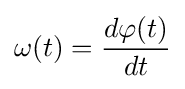
\omega (t)={\frac {d\varphi (t)}{dt}}